Insane asylums in Bengal annual reports 1876-1887 - 1876-1887
Year: 1876
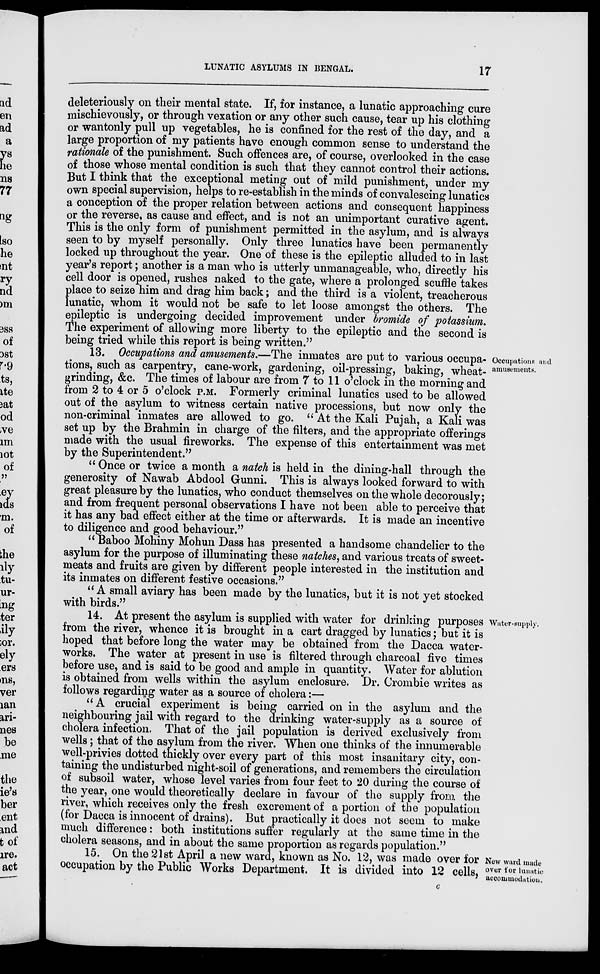
LUNATIC ASYLUMS IN BENGAL.
17
deleteriously on their mental state. If, for instance, a lunatic approaching cure
mischievously, or through vexation or any other such cause, tear up his clothing
or wantonly pull up vegetables, he is confined for the rest of the day, and a
large proportion of my patients have enough common sense to understand the
rationale of the punishment. Such offences are, of course, overlooked in the case
of those whose mental condition is such that they cannot control their actions.
But I think that the exceptional meting out of mild punishment, under my
own special supervision, helps to re-establish in the minds of convalescing lunatics
a conception of the proper relation between actions and consequent happiness
or the reverse, as cause and effect, and is not an unimportant curative agent.
This is the only form of punishment permitted in the asylum, and is always
seen to by myself personally. Only three lunatics have been permanently
locked up throughout the year. One of these is the epileptic alluded to in last
year's report; another is a man who is utterly unmanageable, who, directly his
cell door is opened, rushes naked to the gate, where a prolonged scuffle takes
place to seize him and drag him back; and the third is a violent, treacherous
lunatic, whom it would not be safe to let loose amongst the others. The
epileptic is undergoing decided improvement under bromide of potassium.
The experiment of allowing more liberty to the epileptic and the second is
being tried while this report is being written."
Occupations and
amusements.
13. Occupations and amusements.—The inmates are put to various occupa-
tions, such as carpentry, cane-work, gardening, oil-pressing, baking, wheat-
grinding, &c. The times of labour are from 7 to 11 o'clock in the morning and
from 2 to 4 or 5 o'clock P.M. Formerly criminal lunatics used to be allowed
out of the asylum to witness certain native processions, but now only the
non-criminal inmates are allowed to go. " At the Kali Pujah, a Kali was
set up by the Brahmin in charge of the filters, and the appropriate offerings
made with the usual fireworks. The expense of this entertainment was met
by the Superintendent."
" Once or twice a month a natch is held in the dining-hall through the
generosity of Nawab Abdool Gunni. This is always looked forward to with
great pleasure by the lunatics, who conduct themselves on the whole decorously;
and from frequent personal observations I have not been able to perceive that
it has any bad effect either at the time or afterwards. It is made an incentive
to diligence and good behaviour."
" Baboo Mohiny Mohun Dass has presented a handsome chandelier to the
asylum for the purpose of illuminating these natches, and various treats of sweet-
meats and fruits are given by different people interested in the institution and
its inmates on different festive occasions."
"A small aviary has been made by the lunatics, but it is not yet stocked
with birds."
Water-supply.
14. At present the asylum is supplied with water for drinking purposes
from the river, whence it is brought in a cart dragged by lunatics; but it is
hoped that before long the water may be obtained from the Dacca water-
works. The water at present in use is filtered through charcoal five times
before use, and is said to be good and ample in quantity. Water for ablution
is obtained from wells within the asylum enclosure. Dr. Crombie writes as
follows regarding water as a source of cholera:—
"A crucial experiment is being carried on in the asylum and the
neighbouring jail with regard to the drinking water-supply as a source of
cholera infection. That of the jail population is derived exclusively from
wells ; that of the asylum from the river. When one thinks of the innumerable
well-privies dotted thickly over every part of this most insanitary city, con-
taining the undisturbed night-soil of generations, and remembers the circulation
of subsoil water, whose level varies from four feet to 20 during the course of
the year, one would theoretically declare in favour of the supply from the
river, which receives only the fresh excrement of a portion of the population
(for Dacca is innocent of drains). But practically it does not seem to make
much difference: both institutions suffer regularly at the same time in the
cholera seasons, and in about the same proportion as regards population."
New ward made
over for lunatic
accommodation.
15. On the 21st April a new ward, known as No. 12, was made over for
occupation by the Public Works Department. It is divided into 12 cells,
c